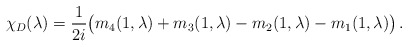
\begin{align*}\chi_D(\lambda)= \frac{1}{2i}\big(m_4(1,\lambda)+m_3(1,\lambda)-m_2(1,\lambda)-m_1(1,\lambda)\big) \, .\end{align*}